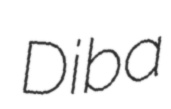
Diba